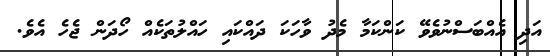
އަދި އެއްބަސްނުވެވޭ ކަންކަމާ މެދު ވާހަކަ ދައްކައި ހައްލުތަކެއް ހޯދަން ޖެހެ އެވެ.